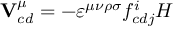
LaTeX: { \bf V } _ { c d } ^ { \mu } = - \varepsilon ^ { \mu \nu \rho \sigma } f _ { c d j } ^ { i } { \cal H }